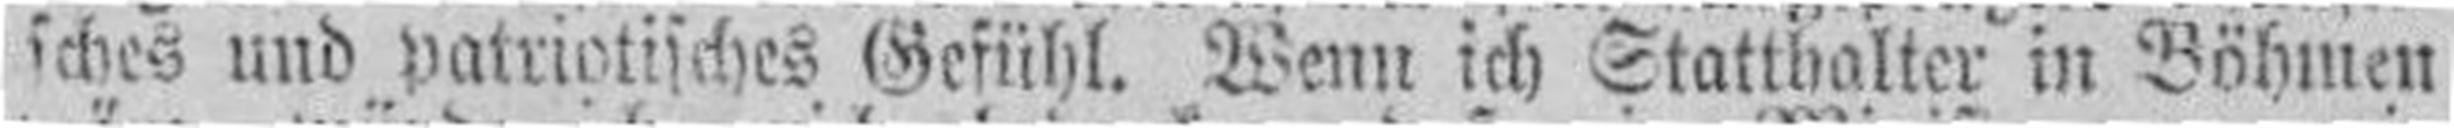
sches und patriotisches Gefühl. Wenn ich Statthalter in Böhmen